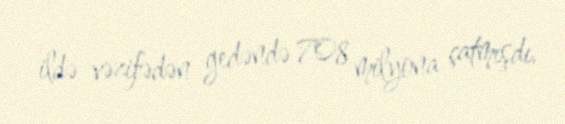
ildə vəzifədən gedəndə 708 milyona çatmışdı.